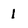
Character: 1